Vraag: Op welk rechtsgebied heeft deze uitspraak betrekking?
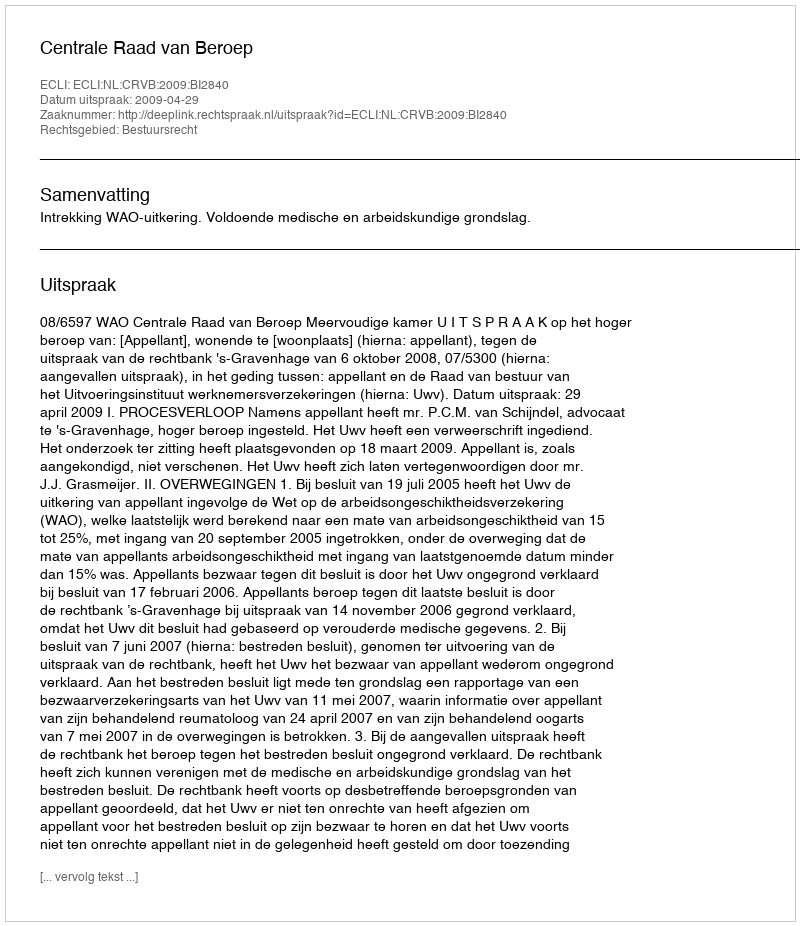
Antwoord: Bestuursrecht